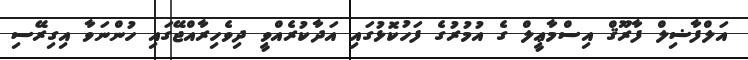
އަލްފާޟިލް ފާރޫޤް އިސްމާޢީލް ގެ އުމުރުގެ ފަހުކޮޅުގައި އަދާކުރެއްވީ ދިވެހިރާއްޖޭގައި ހުންނަވާ އިގިރޭސި